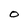
Character: o